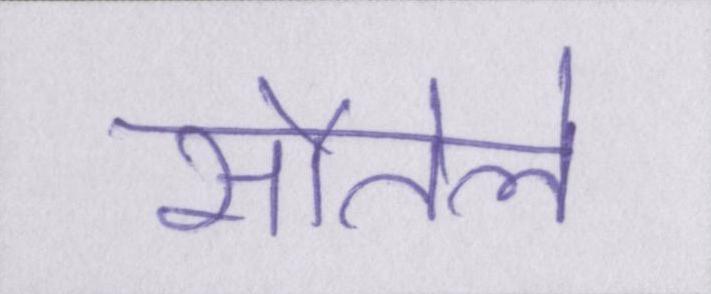
सौतेले